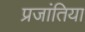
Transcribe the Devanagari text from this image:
प्रजांतिया